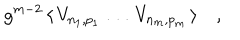
LaTeX: g ^ { m - 2 } \, \langle \, V _ { n _ { 1 } , p _ { 1 } } \, \dots \, V _ { n _ { m } , p _ { m } } \, \rangle \quad ,